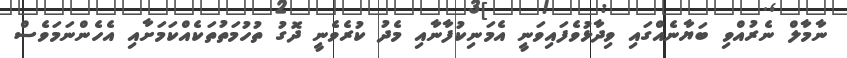
ނާމާލް ނެރުއްވި ބަޔާނެއްގައި ވިދާޅުވެފައިވަނީ އެމަނިކުފާނާއި މެދު ކުރެވެނީ ދޮގު ތުހުމަތުތަކެއްކަމަށާއި އެހެންނަމަވެސް